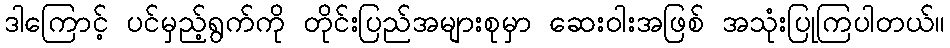
ဒါကြောင့် ပင်မှည့်ရွက်ကို တိုင်းပြည်အများစုမှာ ဆေးဝါးအဖြစ် အသုံးပြုကြပါတယ်။